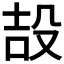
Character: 𭮪